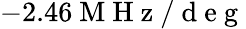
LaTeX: -2.46\mathrm{~M~H~z~/~d~e~g~}